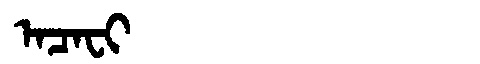
Manchu: ᠠᠴᠠᠸᡳ
Romanization: ACAFI